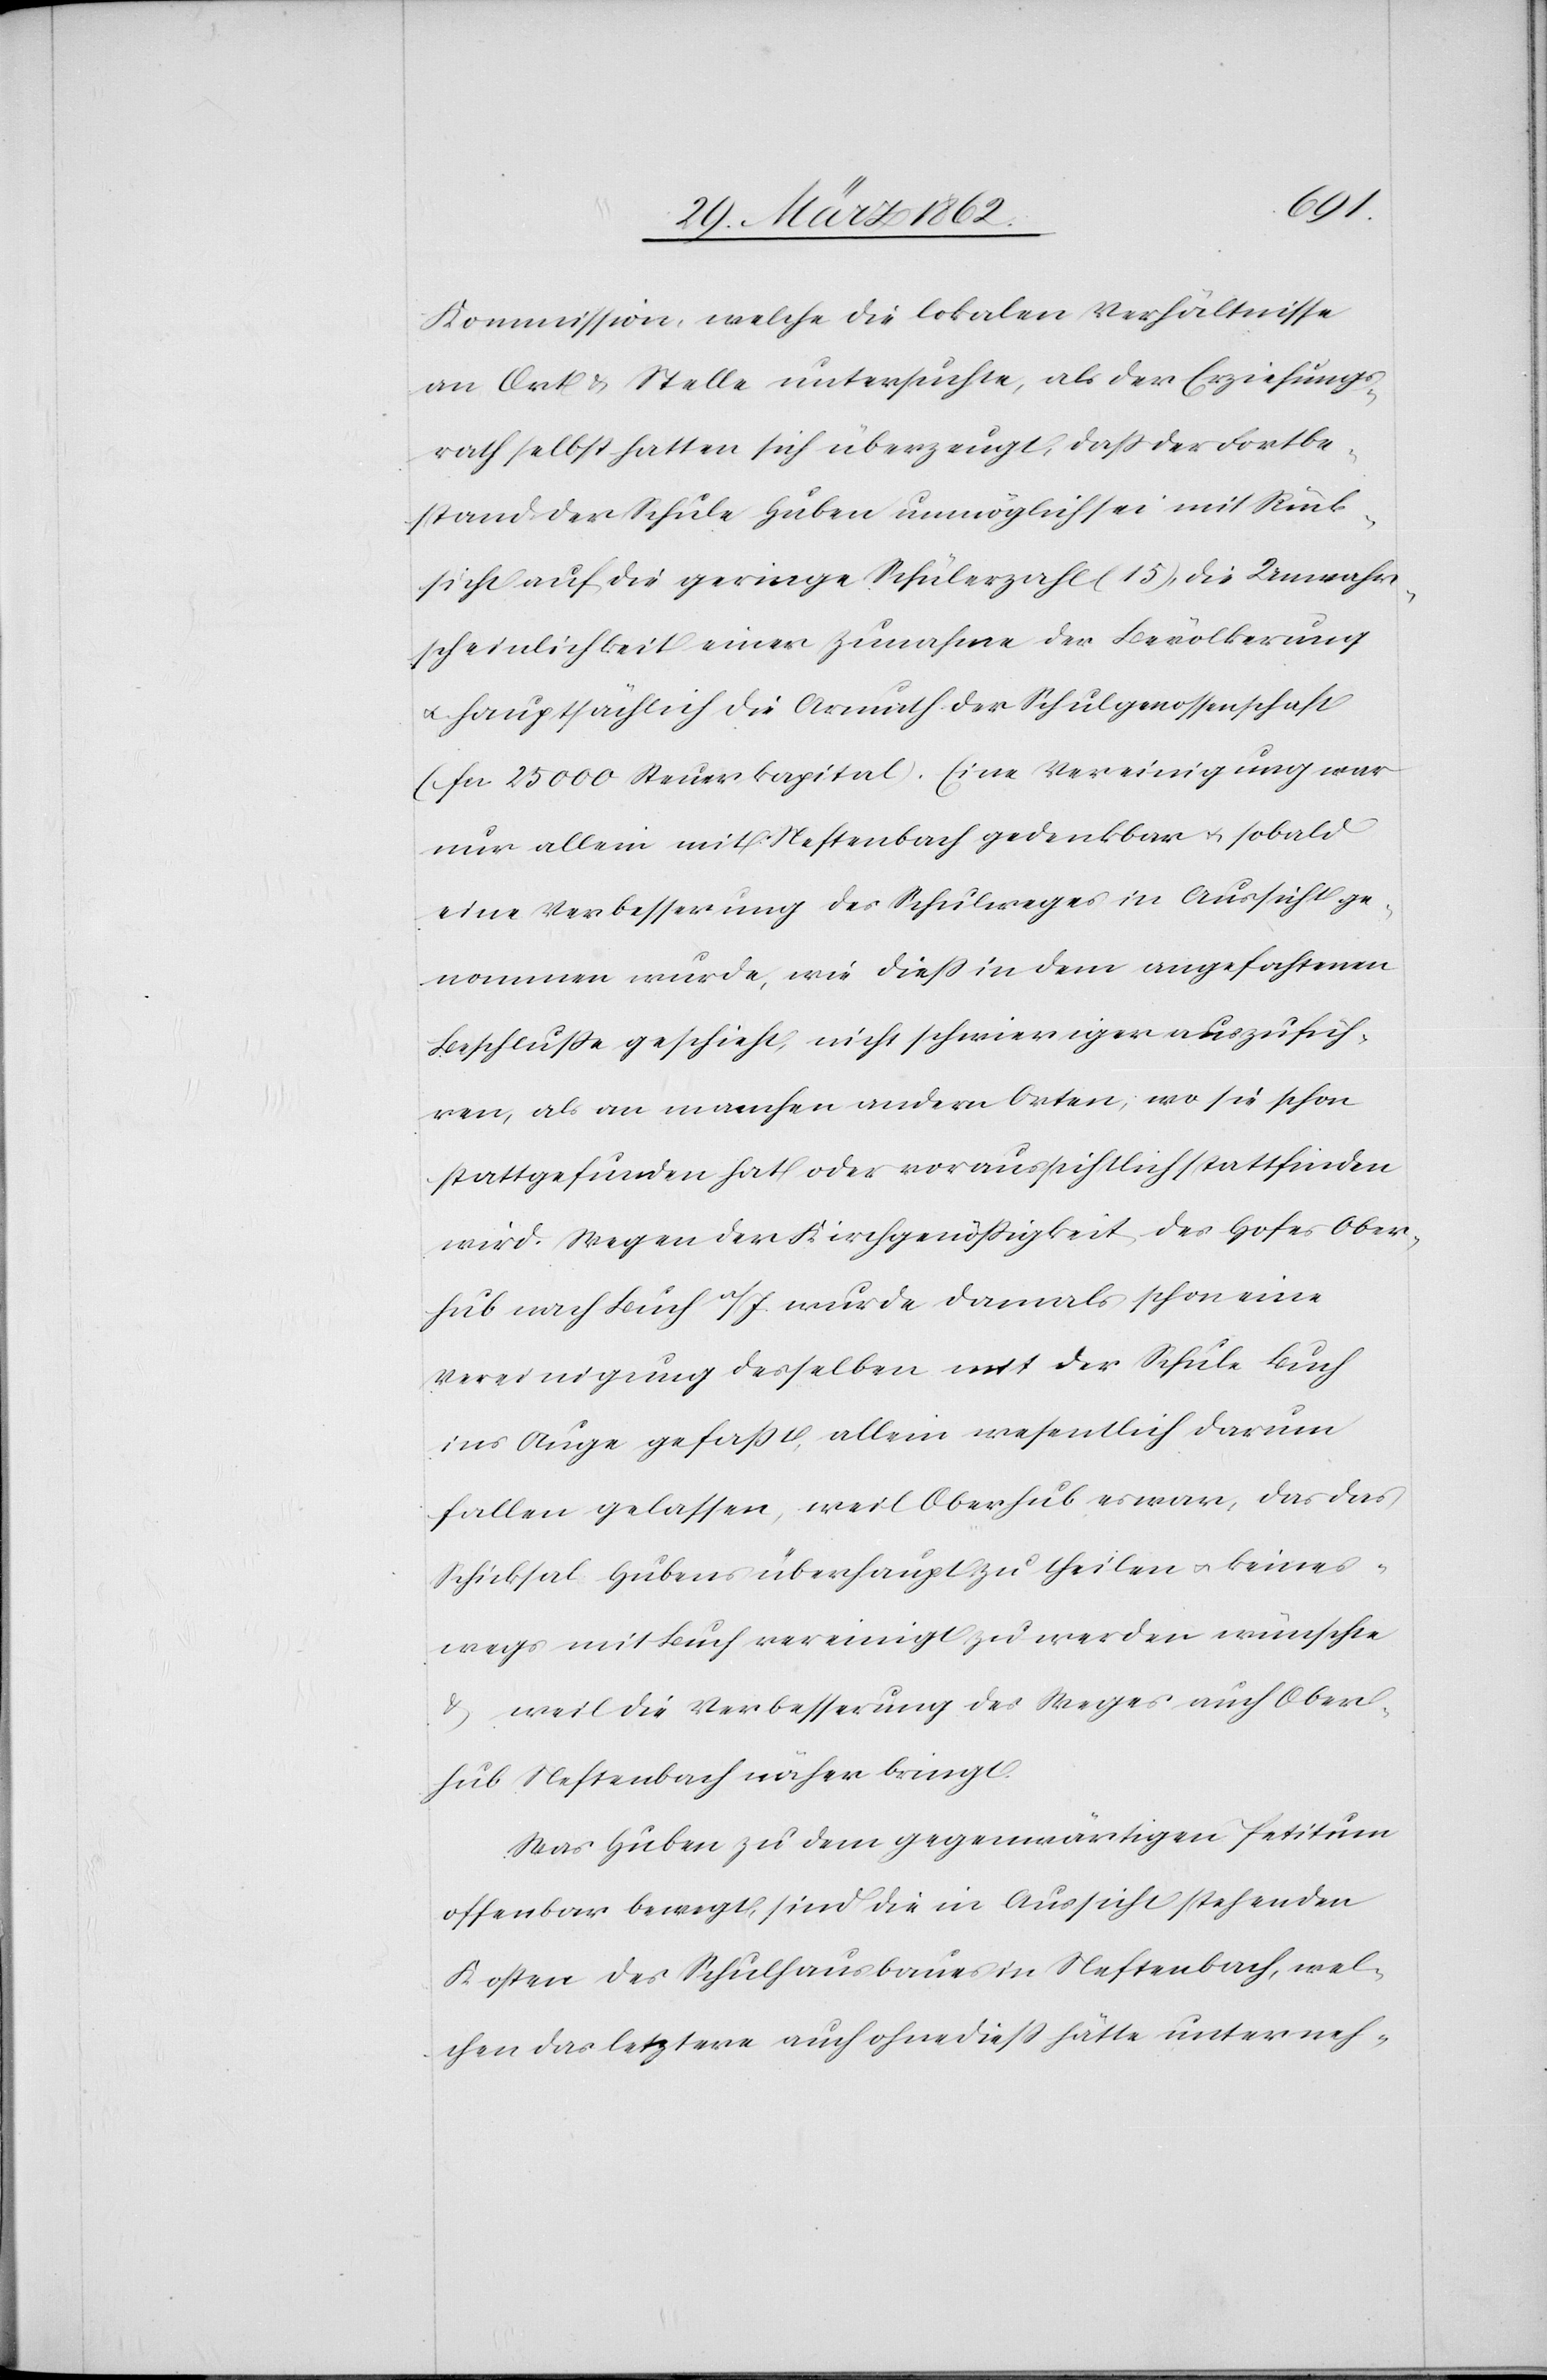
Kommission, welche die lokalen Verhältnisse
an Ort & Stelle untersuchte, als der Erziehungs¬
rath selbst hatten sich überzeugt, daß der Fortbe¬
stand der Schule Huben unmöglich sei mit Rück¬
sicht auf die geringe Schülerzahl (15), die Unwahr¬
scheinlichkeit einer Zunahme der Bevölkerung
u. hauptsächlich die Armuth der Schulgenossenschaft
(fcs 25 000 Steuerkapital). Eine Vereinigung war
nur allein mit Neftenbach denkbar u. sobald
eine Verbesserung des Schulweges in Aussicht ge¬
nommen wurde, wie dieß in dem angefochtenen
Beschluße geschieht, nicht schwieriger auszufüh¬
ren, als an manchen andern Orten, wo sie schon
stattgefunden hat oder voraussichtlich stattfinden
wird. Wegen der Kirchengenößigkeit des Hofes Ober¬
hub nach Buch a/I. wurde damals schon eine
Vereinigung desselben mit der Schule Buch
ins Auge gefaßt, allein wesentlich darum
fallen gelassen, weil Oberhub es war, das das
Schicksal Hubens überhaupt zu theilen u. keines¬
wegs mit Buch vereinigt zu werden wünschte
& weil die Verbesserung des Weges auch Ober¬
hub Neftenbach näher bringt.
Was Huben zu dem gegenwärtigen Petitum
offenbar bewegt, sind die in Aussicht stehenden
Kosten des Schulhausbaues in Neftenbach, wel¬
chen das letztere auch ohnedieß hätte unterneh-